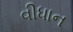
વીધાન